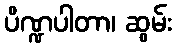
ပိဏ္ဍပါတာ၊ ဆွမ်း